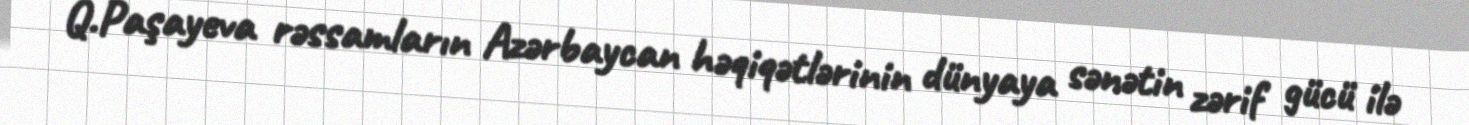
Q.Paşayeva rəssamların Azərbaycan həqiqətlərinin dünyaya sənətin zərif gücü ilə